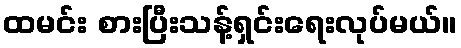
ထမင်း စားပြီးသန့်ရှင်းရေးလုပ်မယ်။